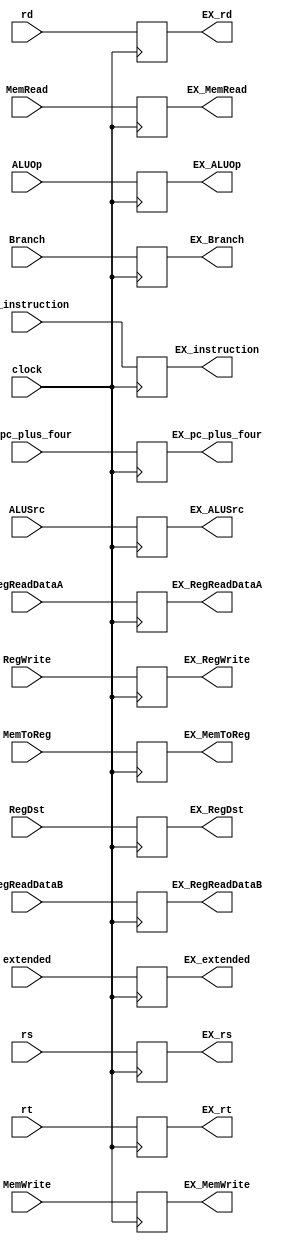
module ID_EX_7 (
    input wire clock,
    input wire [31:0] ID_instruction,
    output reg [31:0] EX_instruction,
    input wire [31:0] ID_pc_plus_four,
    output reg [31:0] EX_pc_plus_four,
    input wire [31:0] RegReadDataA,
    output reg [31:0] EX_RegReadDataA,
    input wire [31:0] RegReadDataB,
    output reg [31:0] EX_RegReadDataB,
    input wire [31:0] extended,
    output reg [31:0] EX_extended,
    input wire RegWrite,
    output reg EX_RegWrite,
    input wire RegDst,
    output reg EX_RegDst,
    input wire MemRead,
    output reg EX_MemRead,
    input wire MemWrite,
    output reg EX_MemWrite,
    input wire MemToReg,
    output reg EX_MemToReg,
    input wire Branch,
    output reg EX_Branch,
    input wire ALUSrc,
    output reg EX_ALUSrc,
    input wire [1:0] ALUOp,
    output reg [1:0] EX_ALUOp,
    input wire [4:0] rs,
    output reg [4:0] EX_rs,
    input wire [4:0] rt,
    output reg [4:0] EX_rt,
    input wire [4:0] rd,
    output reg [4:0] EX_rd
    );
    always @(negedge clock) begin
        EX_instruction <= ID_instruction;
        EX_pc_plus_four <= ID_pc_plus_four;
        EX_RegReadDataA <= RegReadDataA;
        EX_RegReadDataB <= RegReadDataB;
        EX_extended <= extended;
        EX_RegWrite <= RegWrite;
        EX_RegDst <= RegDst;
        EX_MemRead <= MemRead;
        EX_MemWrite <= MemWrite;
        EX_MemToReg <= MemToReg;
        EX_Branch <= Branch;
        EX_ALUSrc <= ALUSrc;
        EX_ALUOp <= ALUOp;
        EX_rs <= rs;
        EX_rt <= rt;
        EX_rd <= rd;
    end  
endmodule